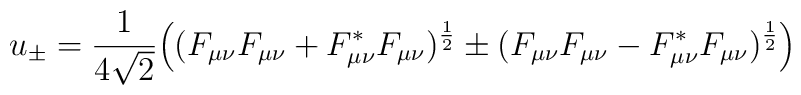
u_{\pm}=\frac{1}{4\sqrt{2}}\Big((F_{\mu\nu}F_{\mu\nu}+  F_{\mu\nu}^{*}F_{\mu\nu})^{\frac{1}{2}}\pm                   ( F_{\mu\nu}F_{\mu\nu}-F_{\mu\nu}^{*}F_{\mu\nu})                   ^{\frac{1}{2}}\Big)